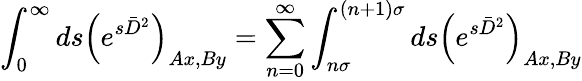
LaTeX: \int_{0}^{\infty}ds\left(e^{s\bar{D}^{2}}\right)_{Ax,By}=\sum_{n=0}^{\infty}\int_{n\sigma}^{(n+1)\sigma}ds\left(e^{s\bar{D}^{2}}\right)_{Ax,By}